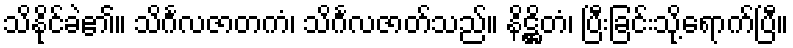
သိနိုင်ခဲ၏။ သိင်္ဂလဇာတကံ၊ သိင်္ဂလဇာတ်သည်။ နိဋ္ဌိတံ၊ ပြီးခြင်းသို့ရောက်ပြီ။